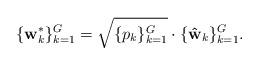
LaTeX: \begin{align*} \{ \mathbf{w}^*_k \}_{k=1}^G = \sqrt{\{ p_{k} \}_{k=1}^{G}} \cdot \{\mathbf{\hat w}_k\}_{k=1 }^G.\end{align*}